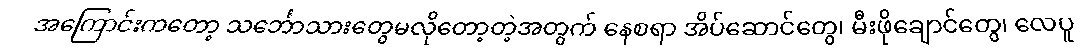
အကြောင်းကတော့ သင်္ဘောသားတွေမလိုတော့တဲ့အတွက် နေစရာ အိပ်ဆောင်တွေ၊ မီးဖိုချောင်တွေ၊ လေပူ